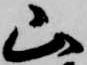
山